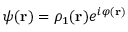
\psi ( \mathbf { r } ) = \rho _ { 1 } ( \mathbf { r } ) e ^ { i \varphi ( \mathbf { r } ) }